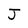
Character: J